Scottish Certificate of Education, 1962
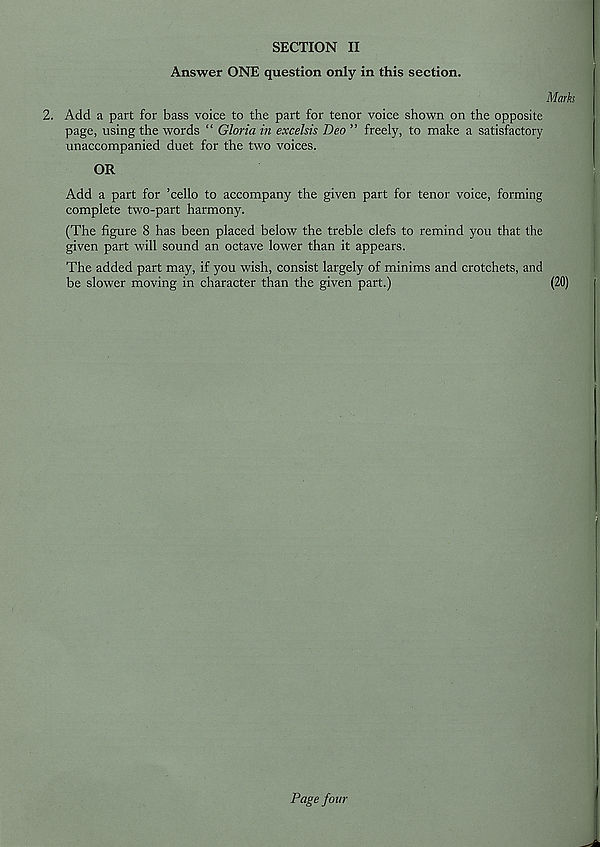
SECTION II
Answer ONE question only in this section.
Marks
2. Add a part for bass voice to the part for tenor voice shown on the opposite
page, using the words “ Gloria in excelsis Deo ” freely, to make a satisfactory
unaccompanied duet for the two voices.
OR
Add a part for ’cello to accompany the given part for tenor voice, forming
complete two-part harmony.
(The figure 8 has been placed below the treble clefs to remind you that the
given part will sound an octave lower than it appears.
The added part may, if you wish, consist largely of minims and crotchets, and
be slower moving in character than the given part.)
(20)
Page four